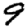
Digit: 9